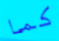
كما